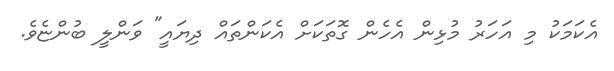
އެކަމަކު މި އަހަރު މުޅިން އެހެން ގޮތަކަށް އެކަންތައް ދިޔައީ" ވަންލީ ބުންޏެވެ.